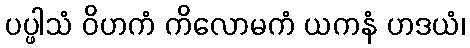
ပပ္ဖါသံ ဝိဟကံ ကိလောမကံ ယကနံ ဟဒယံ၊